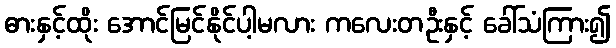
ဓားနှင့်ထိုး အောင်မြင်နိုင်ပါ့မလား ကလေးတဦးနှင့် ခေါ်သံကြား၍